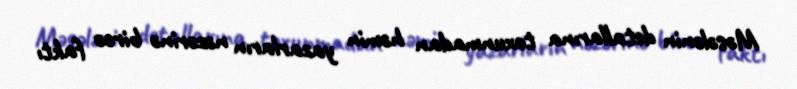
Məsələnin detallarına toxunmadan həmin yazarların nəzərinə bircə faktı